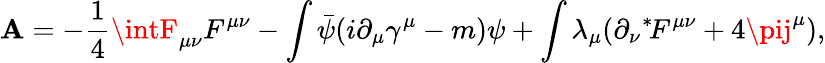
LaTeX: {\cal\mathbf{A}}=-\frac{{1}}{{4}}\intF_{\mu\nu}F^{\mu\nu}-\int\bar{{\psi}}(i\partial_{\mu}\gamma^{\mu}-m)\psi+\int\lambda_{\mu}(\partial_{\nu}\mathrm{{}}^{*}\! F^{\mu\nu}+4\pij^{\mu}),